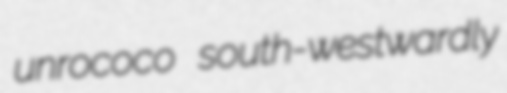
unrococo south-westwardly